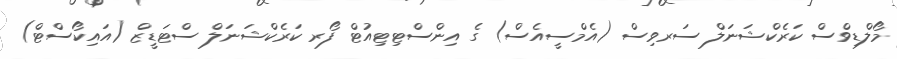
މޯލްޑިވްސް ކަރެކްޝަނަލް ސަރވިސް (އެމްސީއެސް) ގެ އިންސްޓިޓިއުޓް ފޯރ ކަރެކްޝަނަލް ސްޓަޑީޒް (އައިކޯސްޓް)